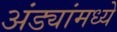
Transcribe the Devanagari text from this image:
अंड्यांमध्ये